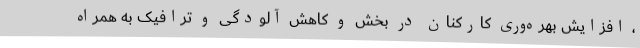
، افزایش بهره‌وری کارکنان در بخش و کاهش آلودگی و ترافیک به همراه